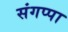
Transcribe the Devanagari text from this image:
संगप्पा